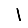
Digit: 1